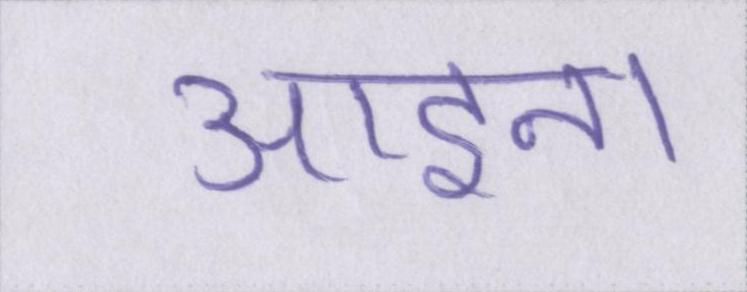
आइना